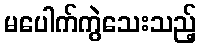
မပေါက်ကွဲသေးသည့်